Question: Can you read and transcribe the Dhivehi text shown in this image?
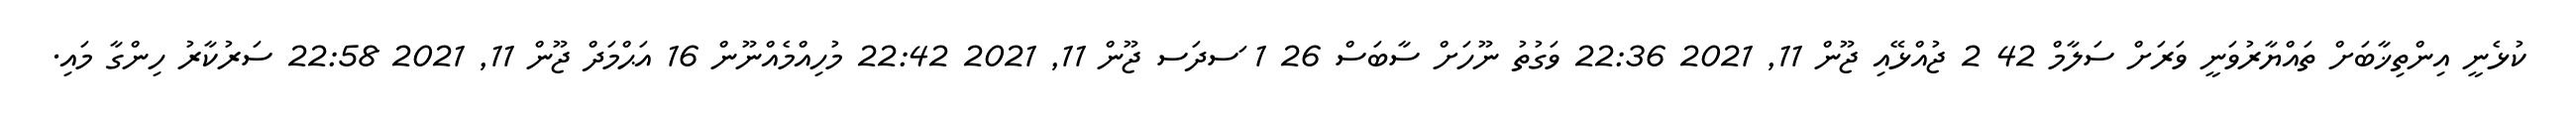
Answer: ކުޅެނީ އިންތިޚާބަށް ތައްޔާރުވަނީ ވަރަށް ސަލާމް 42 2 ޖުއްޅޭއި ޖޫން 11, 2021 22:36 ވަގުތު ނޫހަށް ސާބަސް 26 1 ަސދަސ ޖޫން 11, 2021 22:42 މުހިއްމެއްނޫން 16 އަޙްމަދް ޖޫން 11, 2021 22:58 ސަރުކާރު ހިންގާ މައި.